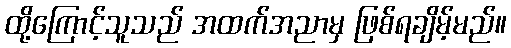
ထို့ကြောင့်သူသည် အထက်အညာမှ ဖြစ်ရချိမ့်မည်။